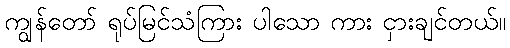
ကျွန်တော် ရုပ်မြင်သံကြား ပါသော ကား ငှားချင်တယ်။